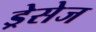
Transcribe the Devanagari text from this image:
ड्रेसेज